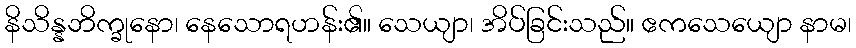
နိသိန္နဘိက္ခုနော၊ နေသောရဟန်း၏။ သေယျာ၊ အိပ်ခြင်းသည်။ ဧကသေယျော နာမ၊